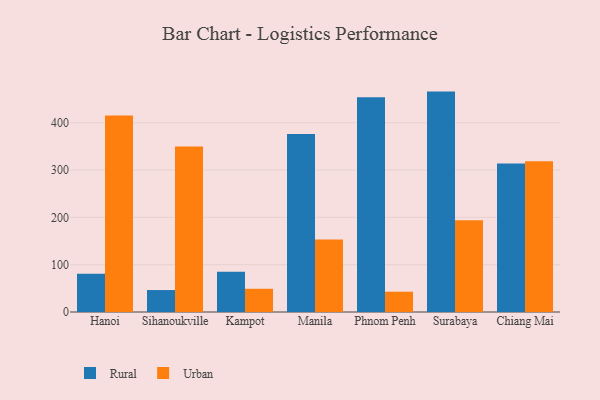
{"axis": {"x": "City", "y": "Humidity (%)"}, "legend": ["Rural", "Urban"], "data": [{"x": "Hanoi", "y": 80.6, "type": "Rural"}, {"x": "Hanoi", "y": 415.3, "type": "Urban"}, {"x": "Sihanoukville", "y": 46.4, "type": "Rural"}, {"x": "Sihanoukville", "y": 349.8, "type": "Urban"}, {"x": "Kampot", "y": 85.3, "type": "Rural"}, {"x": "Kampot", "y": 49.1, "type": "Urban"}, {"x": "Manila", "y": 376.3, "type": "Rural"}, {"x": "Manila", "y": 153.2, "type": "Urban"}, {"x": "Phnom Penh", "y": 453.7, "type": "Rural"}, {"x": "Phnom Penh", "y": 42.9, "type": "Urban"}, {"x": "Surabaya", "y": 465.8, "type": "Rural"}, {"x": "Surabaya", "y": 193.8, "type": "Urban"}, {"x": "Chiang Mai", "y": 313.7, "type": "Rural"}, {"x": "Chiang Mai", "y": 318.4, "type": "Urban"}]}